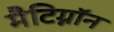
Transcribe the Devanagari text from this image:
मैटिग्नॉन